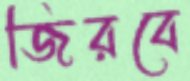
জিরবে